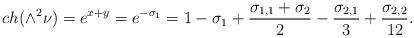
LaTeX: \begin{align*}ch(\wedge^2 \nu)=e^{x+y}=e^{-\sigma_1} = 1 -\sigma_1 + \frac{\sigma_{1,1}+ \sigma_2}{2} - \frac{\sigma_{2,1}}{3} + \frac{\sigma_{2,2}}{12}.\end{align*}